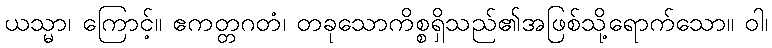
ယသ္မာ၊ ကြောင့်။ ဧကတ္တဂတံ၊ တခုသောကိစ္စရှိသည်၏အဖြစ်သို့ရောက်သော။ ဝါ၊